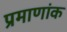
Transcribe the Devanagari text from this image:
प्रमाणांक